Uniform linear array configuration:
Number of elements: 48
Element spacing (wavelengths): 0.5
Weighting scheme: binomial
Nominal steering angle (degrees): -15
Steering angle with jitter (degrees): -14.117
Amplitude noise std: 0.05
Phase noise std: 0.05

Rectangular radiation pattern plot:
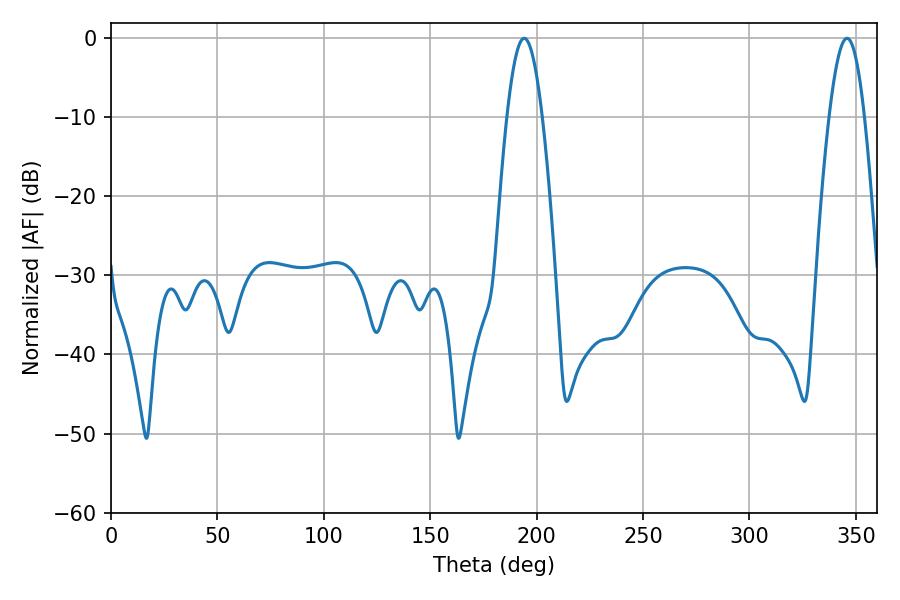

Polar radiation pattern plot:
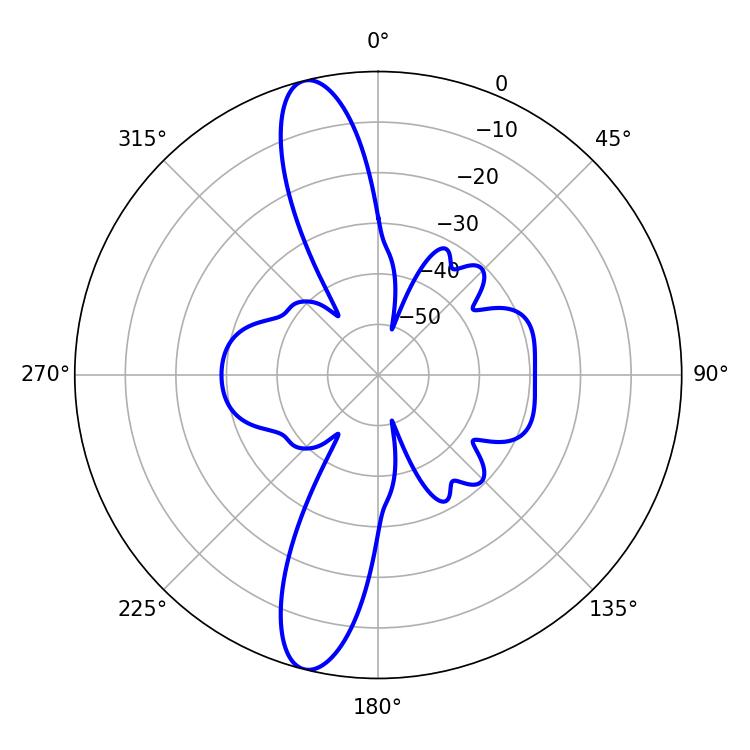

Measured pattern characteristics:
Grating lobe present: FALSE
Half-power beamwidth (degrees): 9
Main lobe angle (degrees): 194.22